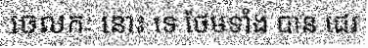
ចេលកៈ នោះ ទេ ថែមទាំង បាន ជេរ